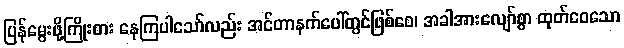
ပြန်မွေးဖို့ကြိုးစား နေကြပါသော်လည်း အင်တာနက်ပေါ်တွင်ဖြစ်စေ၊ အခါအားလျော်စွာ ထုတ်ဝေသော